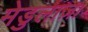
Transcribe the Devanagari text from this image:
मेडुलाज़ा